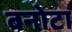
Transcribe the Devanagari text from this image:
बनोटा